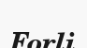
Forli